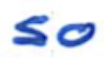
Text: so
Cross-out: clean
Writing tool: ballpoint